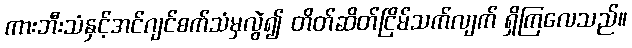
ကားဘီးသံနှင့်အင်ဂျင်စက်သံမှလွဲ၍ တိတ်ဆိတ်ငြိမ်သက်လျက် ရှိကြလေသည်။